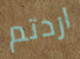
اردتم